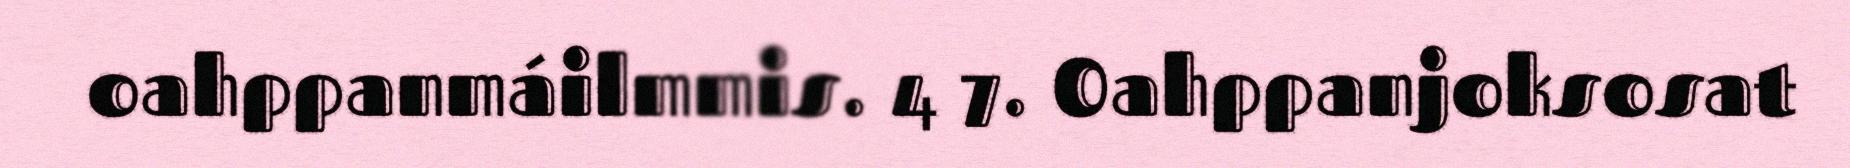
oahppanmáilmmis. 4 7. Oahppanjoksosat